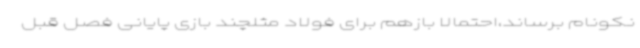
نکونام برساند،احتمالا بازهم برای فولاد مثلچند بازی پایانی فصل قبل